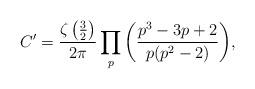
LaTeX: \begin{align*}C'=\dfrac{\zeta\left(\frac{3}{2}\right)}{2\pi}\prod_{p}\bigg(\dfrac{p^3-3p+2}{p(p^2-2)}\bigg),\end{align*}